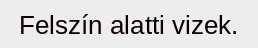
Felszín alatti vizek.